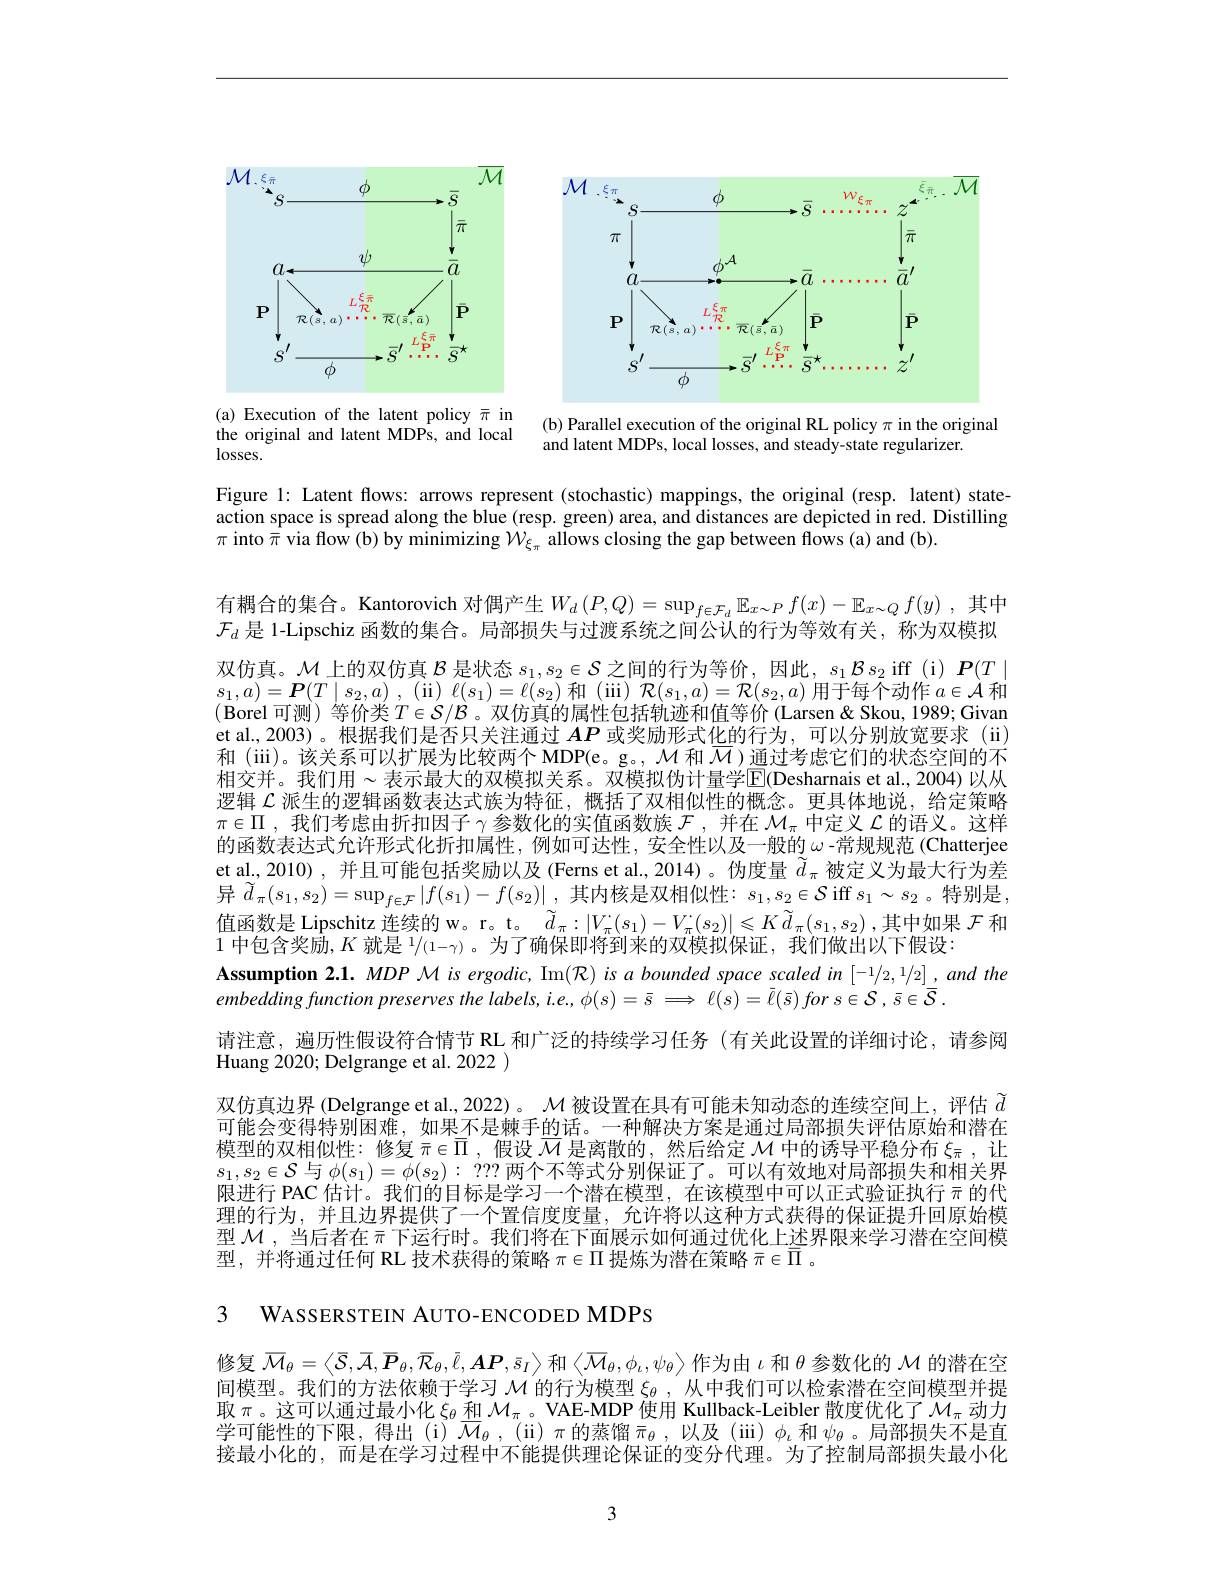
<FigureHere>

<FigureHere>

(b) Parallel execution of the original RL policy $\pi$ in the original
and latent MDPs, local losses, and steady-state regularizer.

(a) Execution of the latent policy $\bar{\pi}$ in the original and latent MDPs, and local $losses.$

Figure 1: Latent flows: arrows represent (stochastic) mappings, the original (resp. latent) stateaction space is spread along the blue (resp. green) area, and distances are depicted in red. Distilling $\pi$ into $\bar{\pi}$ via flow (b) by minimizing $\mathcal{W}_\xi_\pi$ allows closing the gap between flows (a) and (b).

有耦合的集合。Kantorovich 对偶产生$W_d\left(P,Q\right)=\sup_{f\in\mathcal{F}_d}\mathbb{E}_{x\sim P}f(x)-\mathbb{E}_{x\sim Q}f(y)$ ,其中$\mathcal{F}_d$是 1-Lipschiz 函数的集合。局部损失与过渡系统之间公认的行为等效有关，称为双模拟双仿真。$\mathcal{M}$上的双仿真$\mathcal{B}$是状态$s_1,s_2\in\mathcal{S}$之间的行为等价，因此，$s_1\mathcal{B}s_2$ iff (i) $\boldsymbol{P}(T\mid$ $s_{1}, a) = \boldsymbol{P}( T\mid s_{2}, a)$ , (ii)$\ell(s_1)=\ell(s_{2})$和(iii)$\mathcal{R}(s_1,a)=\mathcal{R}(s_{2},a)$用于每个动作$a\in\mathcal{A}$和(Borel 可测)等价类$T\in\mathcal{S}/\mathcal{B}$。双仿真的属性包括轨迹和值等价 (Larsen&Skou,1989;Givan et al., 2003)。根据我们是否只关注通过$AP$或奖励形式化的行为，可以分别放宽要求 (ii) 和 (iii)。该关系可以扩展为比较两个 MDP(e。g。, $\mathcal{M}$和$\mathcal{M})$通过考虑它们的状态空间的不相交并。我们用~表示最大的双模拟关系。双模拟伪计量学$\overline{\mathbb{E}}($Desharnais et al.,2004)以从逻辑$\mathcal{L}$派生的逻辑函数表达式族为特征，概括了双相似性的概念。更具体地说，给定策略$\pi\in\Pi$ ,我们考虑由折扣因子$\gamma$参数化的实值函数族$\mathcal{F}$ ,并在$\mathcal{M}_\pi$中定义$\mathcal{L}$的语义。这样的函数表达式允许形式化折扣属性，例如可达性，安全性以及一般的$\omega$ -常规规范 (Chatterjee et al, 2010) , 并且可能包括奖励以及 (Ferns et al.,2014) 。伪度量$\widetilde{d}_\pi$被定义为最大行为差异$\tilde{d} _{\pi }( s_{1}, s_{2}) = \sup _{f\in \mathcal{F} }| f( s_{1}) - f( s_{2}) |$ ,其内核是双相似性：$s_1,s_{2}\in\mathcal{S}$ iff $s_1\sim s_{2}$。特别是， 值函数是 Lipschitz 连续的 w。r。t。$\tilde{d}_\pi:|V_\pi^{\cdot}(s_1)-V_\pi^{\cdot}(s_2)|\leqslant K\tilde{d}_\pi(s_1,s_2)$,其中如果 $\mathcal{F}$ 和1中包含奖励，$K\text{ 就是 }^1/(1-\gamma)$。为了确保即将到来的双模拟保证，我们做出以下假设：
Assumption $2.1.MDP$ $\mathcal{M}$ is ergodic, Im$(\mathcal{R})$ is a bounded space scaled in $[-1/2,1/2]_{-}$ and the
embeddingfunctionpreservesthe $labels, i. e. , \phi ( s) = \bar{s} \Longrightarrow \ell ( s) = \bar{\ell } ( \bar{s} ) for$ $s\in \mathcal{S}$ $, \bar{s} \in \bar{\mathcal{S} }$
请注意，遍历性假设符合情节 RL 和广泛的持续学习任务(有关此设置的详细讨论，请参阅
Huang 2020; Delgrange et al. 2022 )
双仿真边界 (Delgrange et al., 2022)。$\mathcal{M}$被设置在具有可能未知动态的连续空间上，评估$\tilde{d}$ 可能会变得特别困难，如果不是棘手的话。一种解决方案是通过局部损失评估原始和潜在模型的双相似性：修复$\pi\in\overline{\Pi}$,假设$\overline{M}$是离散的，然后给定$\mathcal{M}$中的诱导平稳分布$\xi_\mathrm{\pi}$,让$s_1,s_2\in\mathcal{S}$与$\phi ( s_1) = \phi ( s_2) :$ ???两个不等式分别保证了。可以有效地对局部损失和相关界限进行 PAC 估计。我们的目标是学习一个潜在模型，在该模型中可以正式验证执行$\pi$的代理的行为，并且边界提供了一个置信度度量，允许将以这种方式获得的保证提升回原始模型$\mathcal{M}$,当后者在$\bar{\pi}$下运行时。我们将在下面展示如何通过优化上述界限来学习潜在空间模型，并将通过任何 RL 技术获得的策略$\pi\in\Pi$提炼为潜在策略$\bar{\pi}\in\overline{\Pi}$ 。

3 WASSERSTEIN AUTO-ENCODED MDPS

修复$\overline{\mathcal{M}}_\theta=\left\langle\bar{\mathcal{S}},\overline{\mathcal{A}},\overline{\boldsymbol{P}}_\theta,\overline{\mathcal{R}}_\theta,\bar{\ell},\boldsymbol{AP},\bar{s}_I\right\rangle$和$\left\langle\overline{\mathcal{M}}_\theta,\phi_\iota,\psi_\theta\right\rangle$作为由$\iota$和$\theta$参数化的$\mathcal{M}$的潜在空间模型。我们的方法依赖于学习$\mathcal{M}$的行为模型$\xi_\theta$ ,从中我们可以检索潜在空间模型并提取$\pi$。这可以通过最小化$\xi_\theta$和$\mathcal{M}_\pi$ 。VAE-MDP 使用 Kullback-Leibler 散度优化了$\mathcal{M}_\pi$动力学可能性的下限，得出(i)$\overline{\mathcal{M}}_\theta$,(ii)$\pi$的蒸馏$\bar{\pi}_\theta$,以及(iii)$\phi_\iota$和$\psi_\theta$。局部损失不是直接最小化的，而是在学习过程中不能提供理论保证的变分代理。为了控制局部损失最小化

3